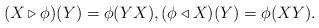
LaTeX: \begin{align*}(X \triangleright \phi)(Y) = \phi(Y X), (\phi \triangleleft X)(Y) = \phi(X Y).\end{align*}